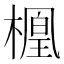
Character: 𬄑